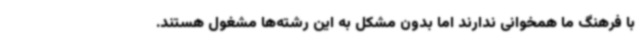
با فرهنگ ما همخوانی ندارند اما بدون مشکل به این رشته‌ها مشغول هستند.